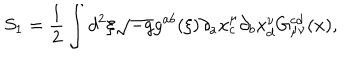
LaTeX: S _ { 1 } = \frac { 1 } { 2 } \int d ^ { 2 } \xi \sqrt { - g } g ^ { a b } ( \xi ) \partial _ { a } x _ { c } ^ { \mu } \partial _ { b } x _ { d } ^ { \nu } G _ { \mu \nu } ^ { c d } ( x ) ,